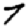
Digit: 7